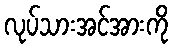
လုပ်သားအင်အားကို